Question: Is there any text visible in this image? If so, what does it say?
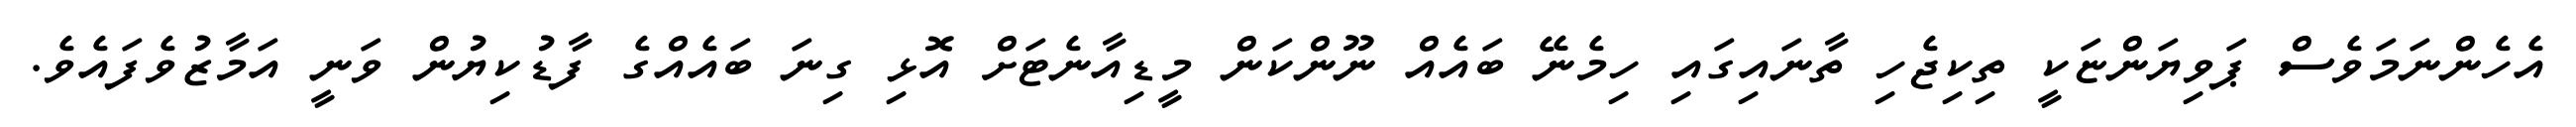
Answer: އެހެންނަމަވެސް ޕަވިޔަންޏަކީ ތިކިޖެހި ތާނައިގައި ހިމެނޭ ބައެއް ނޫންކަން މީޑިއާނެޓަށް އޮޅި ގިނަ ބައެއްގެ ފާޑުކިޔުން ވަނީ އަމާޒުވެފައެވެ.